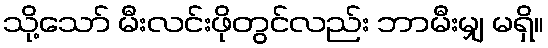
သို့သော် မီးလင်းဖိုတွင်လည်း ဘာမီးမျှ မရှိ။